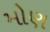
મોણ